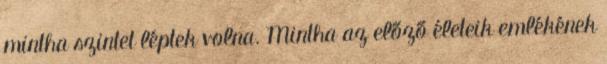
mintha szintet léptek volna. Mintha az előző életeik emlékének